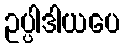
ဥပ္ပါဒါယပေ